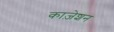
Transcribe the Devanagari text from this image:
काज़ेशन